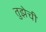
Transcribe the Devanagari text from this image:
तुझेची